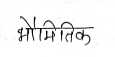
मजकूर: भौमितिक